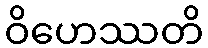
ဝိဟေဿတိ